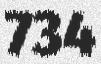
734